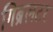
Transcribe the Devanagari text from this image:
गिब्रलटर